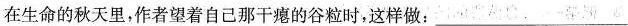
在生命的秋天里，作者望着自己那干瘪的谷粒时，这样做：___